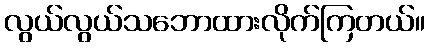
လွယ်လွယ်သဘောထားလိုက်ကြတယ်။